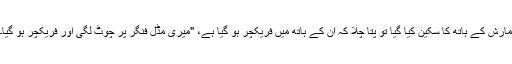
مارش کے ہاتھ کا سکین کیا گیا تو پتا چلا کہ ان کے ہاتھ میں فریکچر ہو گیا ہے، ''میری مڈل فنگر پر چوٹ لگی اور فریکچر ہو گیا۔